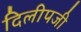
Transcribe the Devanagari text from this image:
दिलीपजी